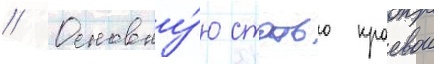
// Основну́ю статью краевои